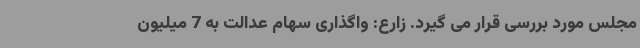
مجلس مورد بررسی قرار می گیرد. زارع: واگذاری سهام عدالت به 7 میلیون